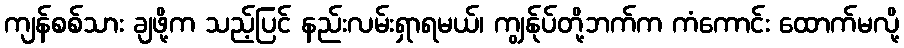
ကျန်စစ်သား ချဖို့က သည့်ပြင် နည်းလမ်းရှာရမယ်၊ ကျွန်ုပ်တို့ဘက်က ကံကောင်း ထောက်မလို့